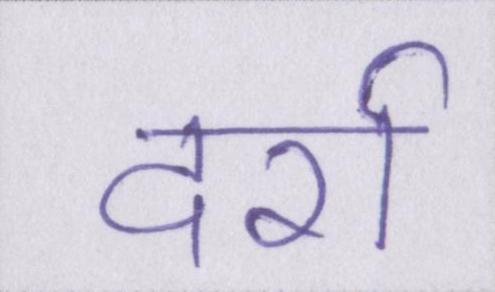
दर्रा